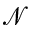
\mathcal { N }